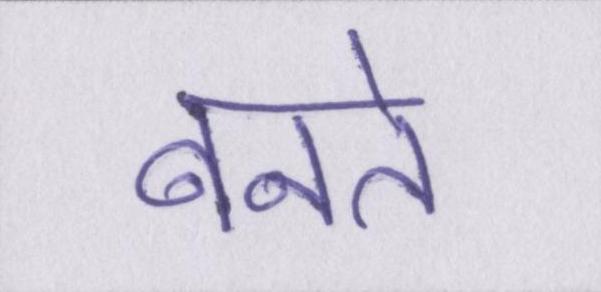
बनते